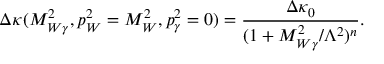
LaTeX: \Delta \kappa ( M _ { W \gamma } ^ { 2 } , p _ { W } ^ { 2 } = M _ { W } ^ { 2 } , p _ { \gamma } ^ { 2 } = 0 ) = { \frac { \Delta \kappa _ { 0 } } { ( 1 + M _ { W \gamma } ^ { 2 } / \Lambda ^ { 2 } ) ^ { n } } } .